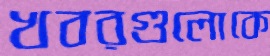
খবরগুলোকে